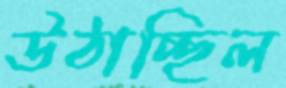
উঠাচ্ছিল